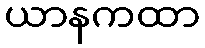
ယာနကထာ